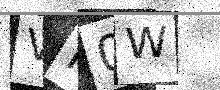
Text: VM0W